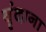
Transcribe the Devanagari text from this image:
वृंदाना